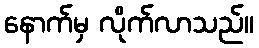
နောက်မှ လိုက်လာသည်။